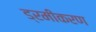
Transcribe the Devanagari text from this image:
ड्रमीकरण